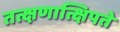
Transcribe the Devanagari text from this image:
तत्क्षणात्क्षिपते